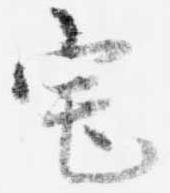
宅